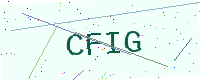
Text: CFIG